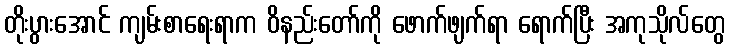
တိုးပွားအောင် ကျမ်းစာရေးရာက ဝိနည်းတော်ကို ဖောက်ဖျက်ရာ ရောက်ပြီး အကုသိုလ်တွေ